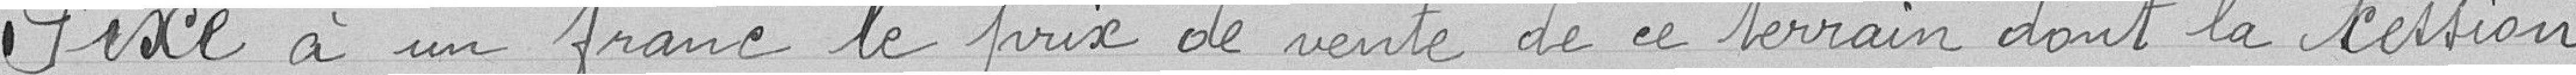
Fixe à un franc le prix de vente de ce terrain dont la cession